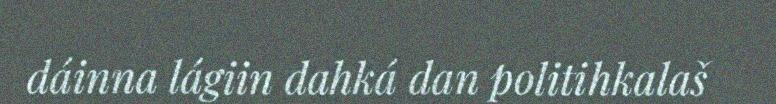
dáinna lágiin dahká dan politihkalaš